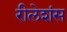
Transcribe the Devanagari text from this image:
रीलेशंस